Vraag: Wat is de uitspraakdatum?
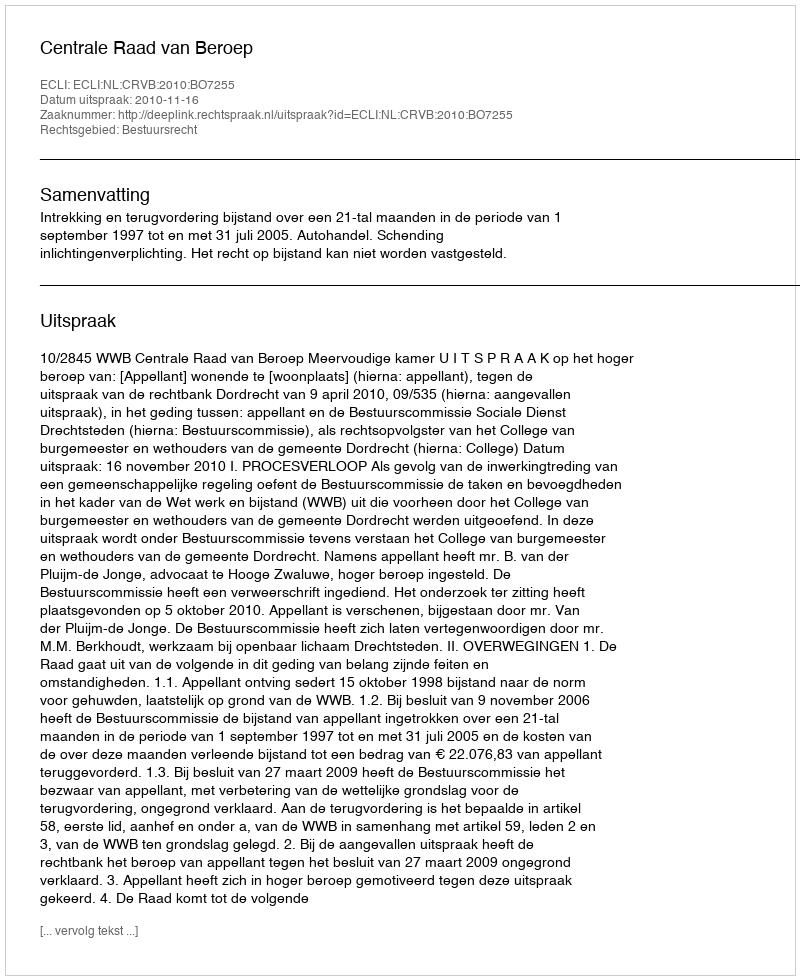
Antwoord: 2010-11-16